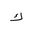
Letter: _kaf